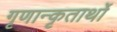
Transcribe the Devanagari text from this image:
गृणान्कृतार्थो